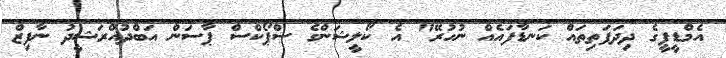
އެމްޑީޕީގެ ދިދަފަތިތައް ކަނޑާފައެއް ނުހުރޭ" އެ ކޯލީޝަންގެ ސްޕޯކްސް ޕާސަން އަބްދުއްރަޝީދު ނާފިޒް